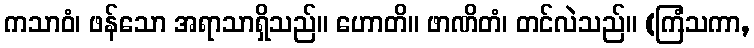
ကသာဝံ၊ ဖန်သော အရာသာရှိသည်။ ဟောတိ။ ဖာဏိတံ၊ တင်လဲသည်။ (ကြံသကာ,